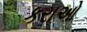
કરાઓ